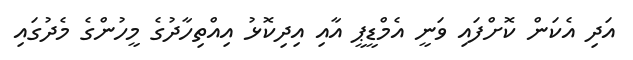
އަދި އެކަން ކޮށްފައި ވަނީ އެމްޑީޕީ އާއި އިދިކޮޅު އިއްތިހާދުގެ މީހުންގެ މެދުގައި